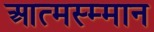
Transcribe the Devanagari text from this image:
आत्मस्म्मान